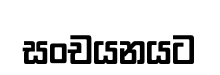
සංචයනයට